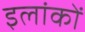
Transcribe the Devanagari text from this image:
इलांकों